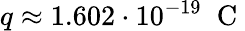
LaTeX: q\approx 1.602\cdot 10^{-19}\; \mathrm{~C~}